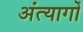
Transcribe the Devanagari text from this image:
अंत्यागों